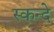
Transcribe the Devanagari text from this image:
स्कन्दे